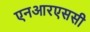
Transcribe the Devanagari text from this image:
एनआरएससी